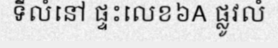
ទីលំនៅ ផ្ទះលេខ៦A ផ្លូវលំ